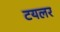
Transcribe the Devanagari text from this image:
टयलर